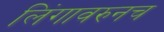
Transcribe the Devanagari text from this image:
लिंगावरुनच